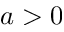
a > 0